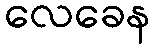
လေခေန